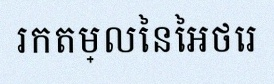
រកតម្លៃនៃអថេរ